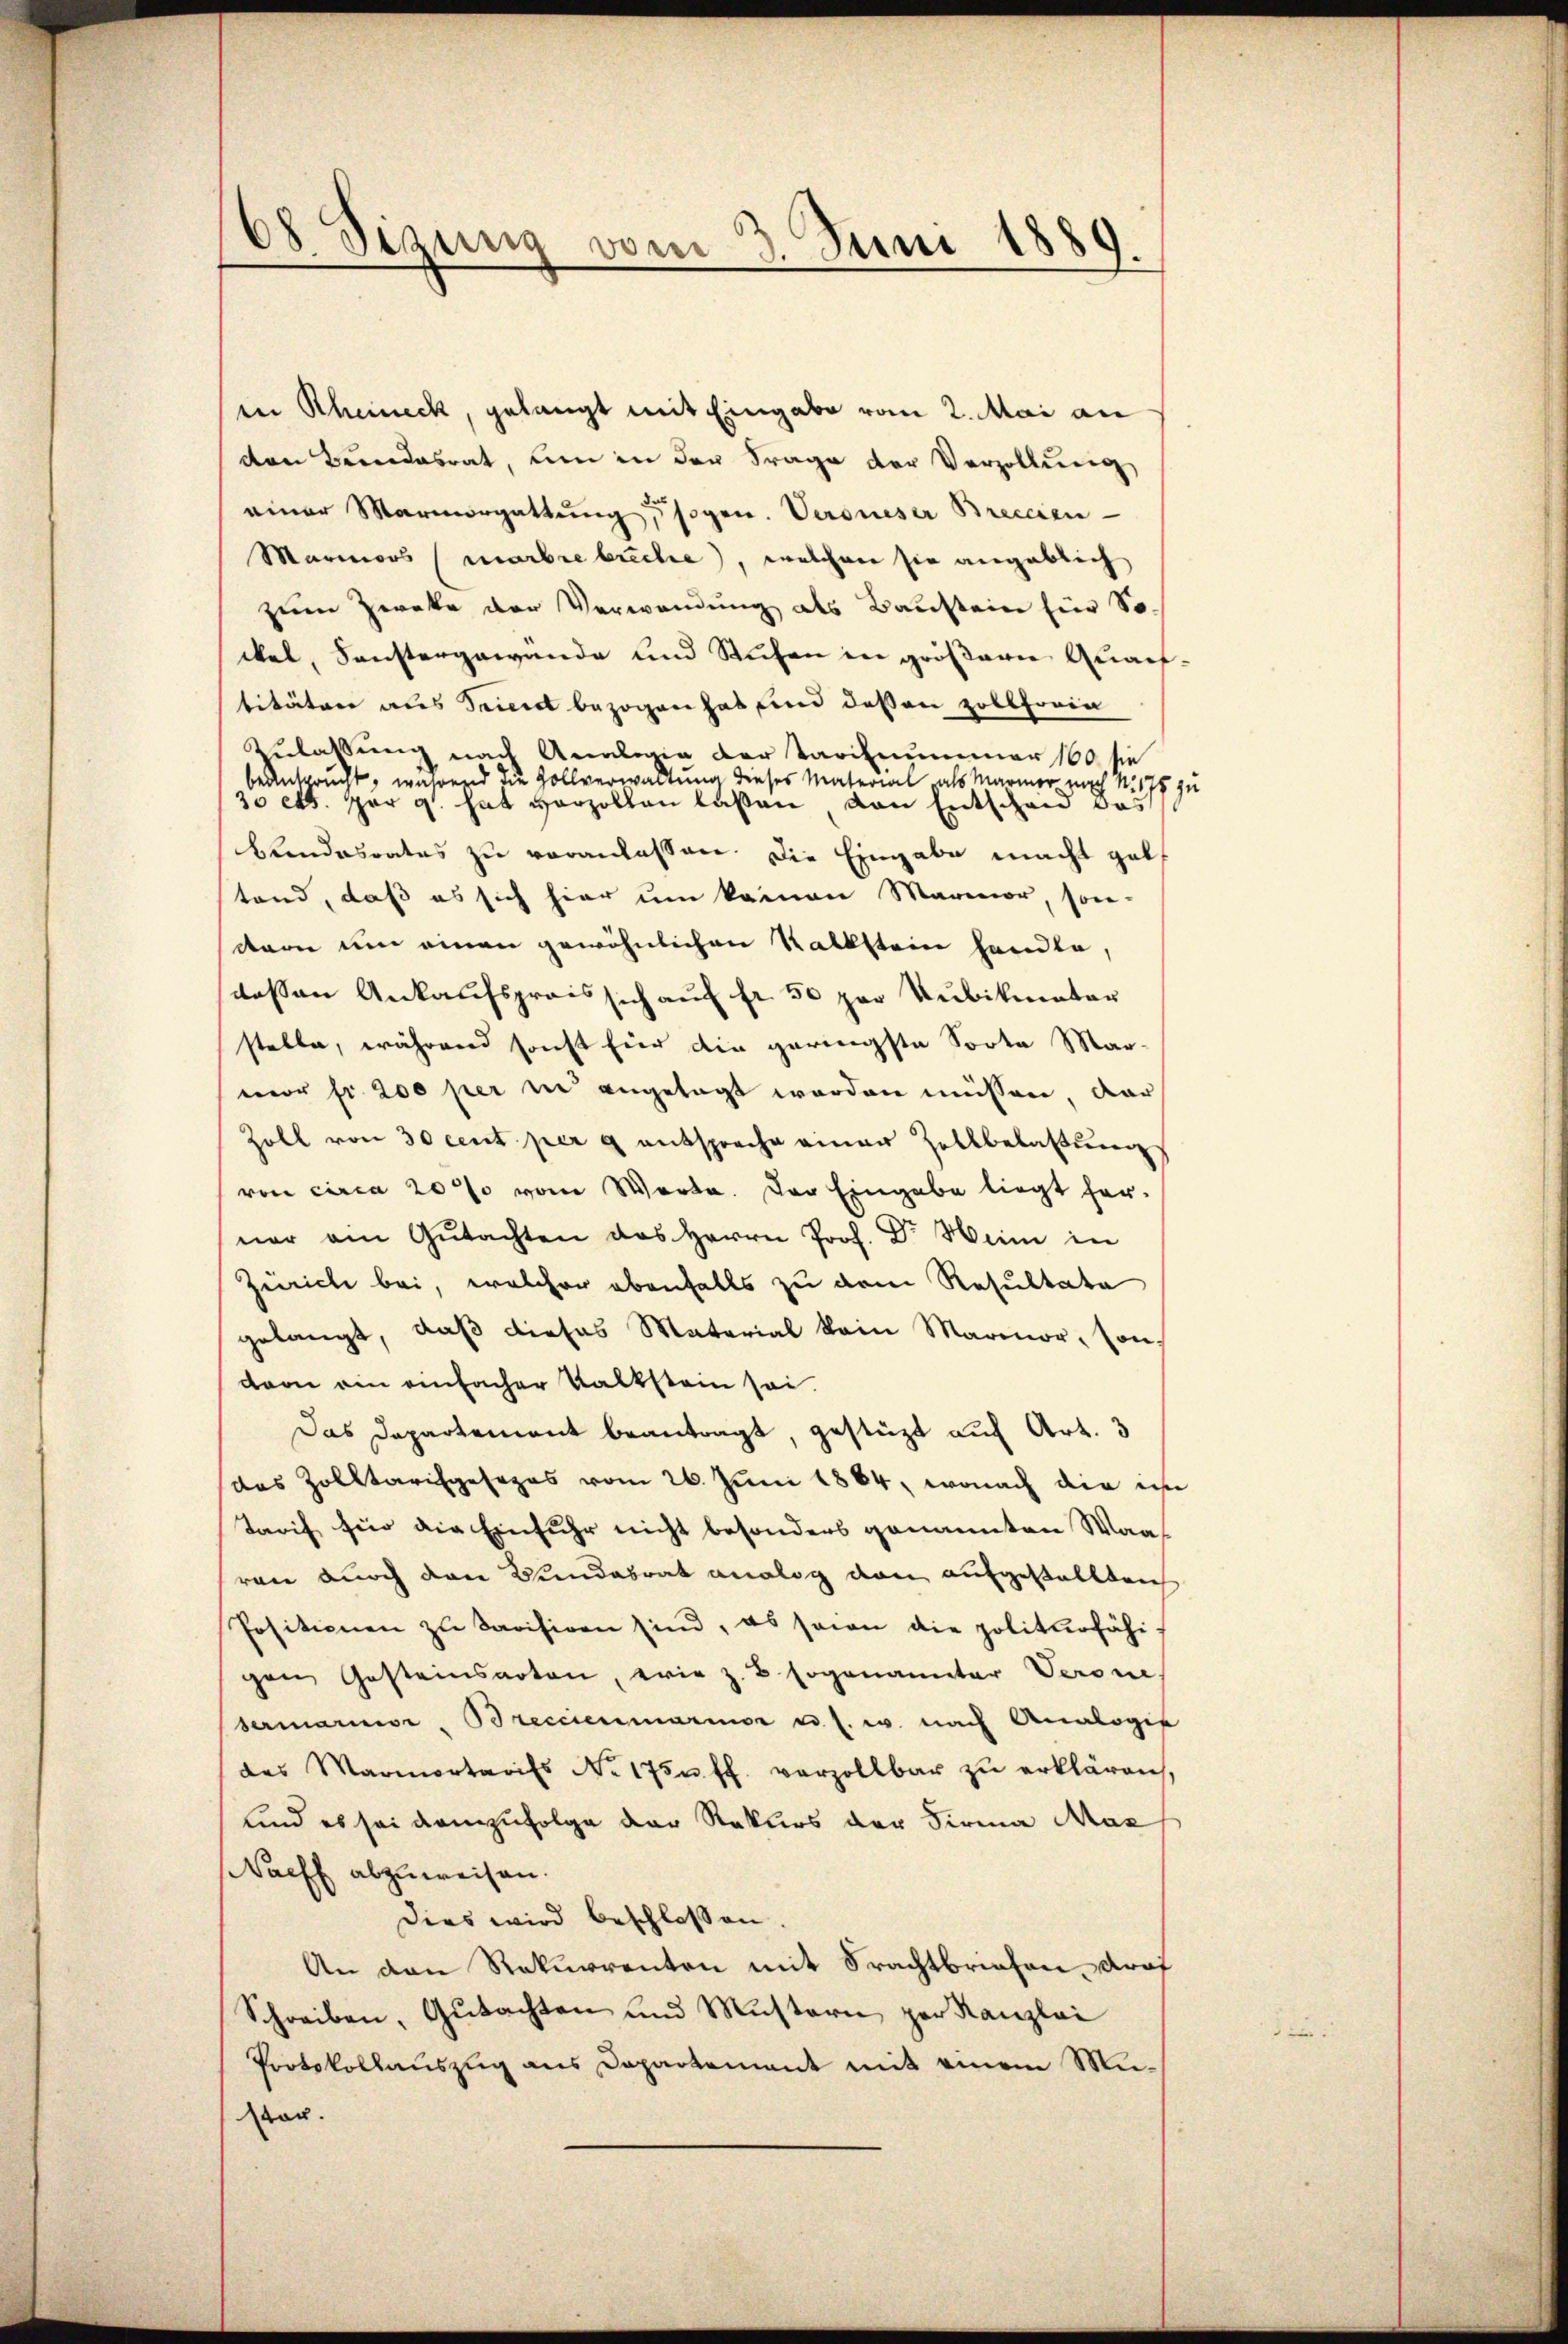
68 Sizung vom 3. Juni 1889.

in Rheineck, gelangt mit Eingabe vom 2. Mai an
den Bundesrat, um in der Frage der Verzollŭng
einer Marmorgattung, sogen. Veroneser Breccien
Marmoos (marbrebreche, welchen sie angeblich
zum Zwecke der Verwendung als Baustein für So
ckal, Sonstergewande und Stufen in größern Quart
titäten aus Sement bezogen hat und dessen Zolloria
Zulassung nach Analogie der Tariznummer 160 sie
beansprucht, wahrend die Zollverwaltung dieses Material als Marmer nach N. 1759
30 ett. per 9. hat vorzollen laßen von Entscheid das
bundesrates zu veranlassen. Die Eingabe macht geltand, daß es sich hier um kamen Marmor, son-
dern um einen gewöhnlichen Kalkstein handle,
dessen Ankaufspreis sich auf fr. 50 par Kubikmater
stelle, während sonst für die geringste Sorte Mar-
mor fr. 200 per in angelegt werden müssen, dar
Zoll von 30 cent per 9 entspreche einer Zollbelastung
von circa 20 % vom Worte. Der Eingabe liegt her-
ner ain Gŭtachten des Herrn Prof. Dr. Wenn in
Zürich bei, welcher ebenfalls zu dem Resultate
gelangt, daβ dieses Material kein Marmor, son-
vvon ein einfacher Kalkstein sei.
Das Departement beantragt, gestüzt auf Art. 3
das Zolltarifgesezes vom 26. Juni 1864, wonach die ih
Tarif für die Einfuhr nicht besonders genannten Maas
ren durch den Bundesrat analog von aufgestellleich
Positionen zu Savisiren sind, es seien die politurfähi
gen Gesteinsarten, wie z. B. sogenamter Verone
sermarnier, Breccienmarmer u. s. w. nach Analogis
des Marmortarifs No. 175 u. ff. verzollbar zŭ erklären,
und es sei demzufolge der Rekurs der Firma Mas
Waeff abzuweisen.
Dies wird beschlossen
An den Rekurrenten mit Frachtbriefen Kraf
Schreiben, Gutachten und Mustern zur Kanzlei
Protokollauszug aus Dapartement mit einem Mister.